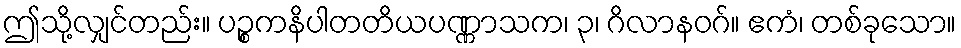
ဤသို့လျှင်တည်း။ ပဉ္စကနိပါတတိယပဏ္ဏာသက၊ ၃၊ ဂိလာနဝဂ်။ ဧကံ၊ တစ်ခုသော။